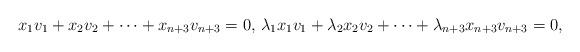
LaTeX: \begin{align*}x_1v_1+x_2v_2+\cdots+x_{n+3}v_{n+3}=0,\, \lambda_1x_1v_1+\lambda_2x_2v_2+\cdots+\lambda_{n+3}x_{n+3}v_{n+3}=0,\end{align*}